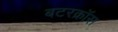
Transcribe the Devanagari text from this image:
बटरक्रॉस